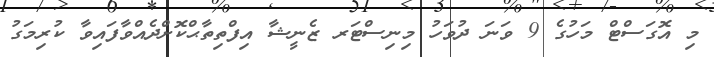
މި އޮގަސްޓް މަހުގެ 9 ވަނަ ދުވަހު މިނިސްޓަރ ޒެނީޝާ އިފްތިތާޙްކޮށްދެއްވާފައިވާ ކުރިމަގު